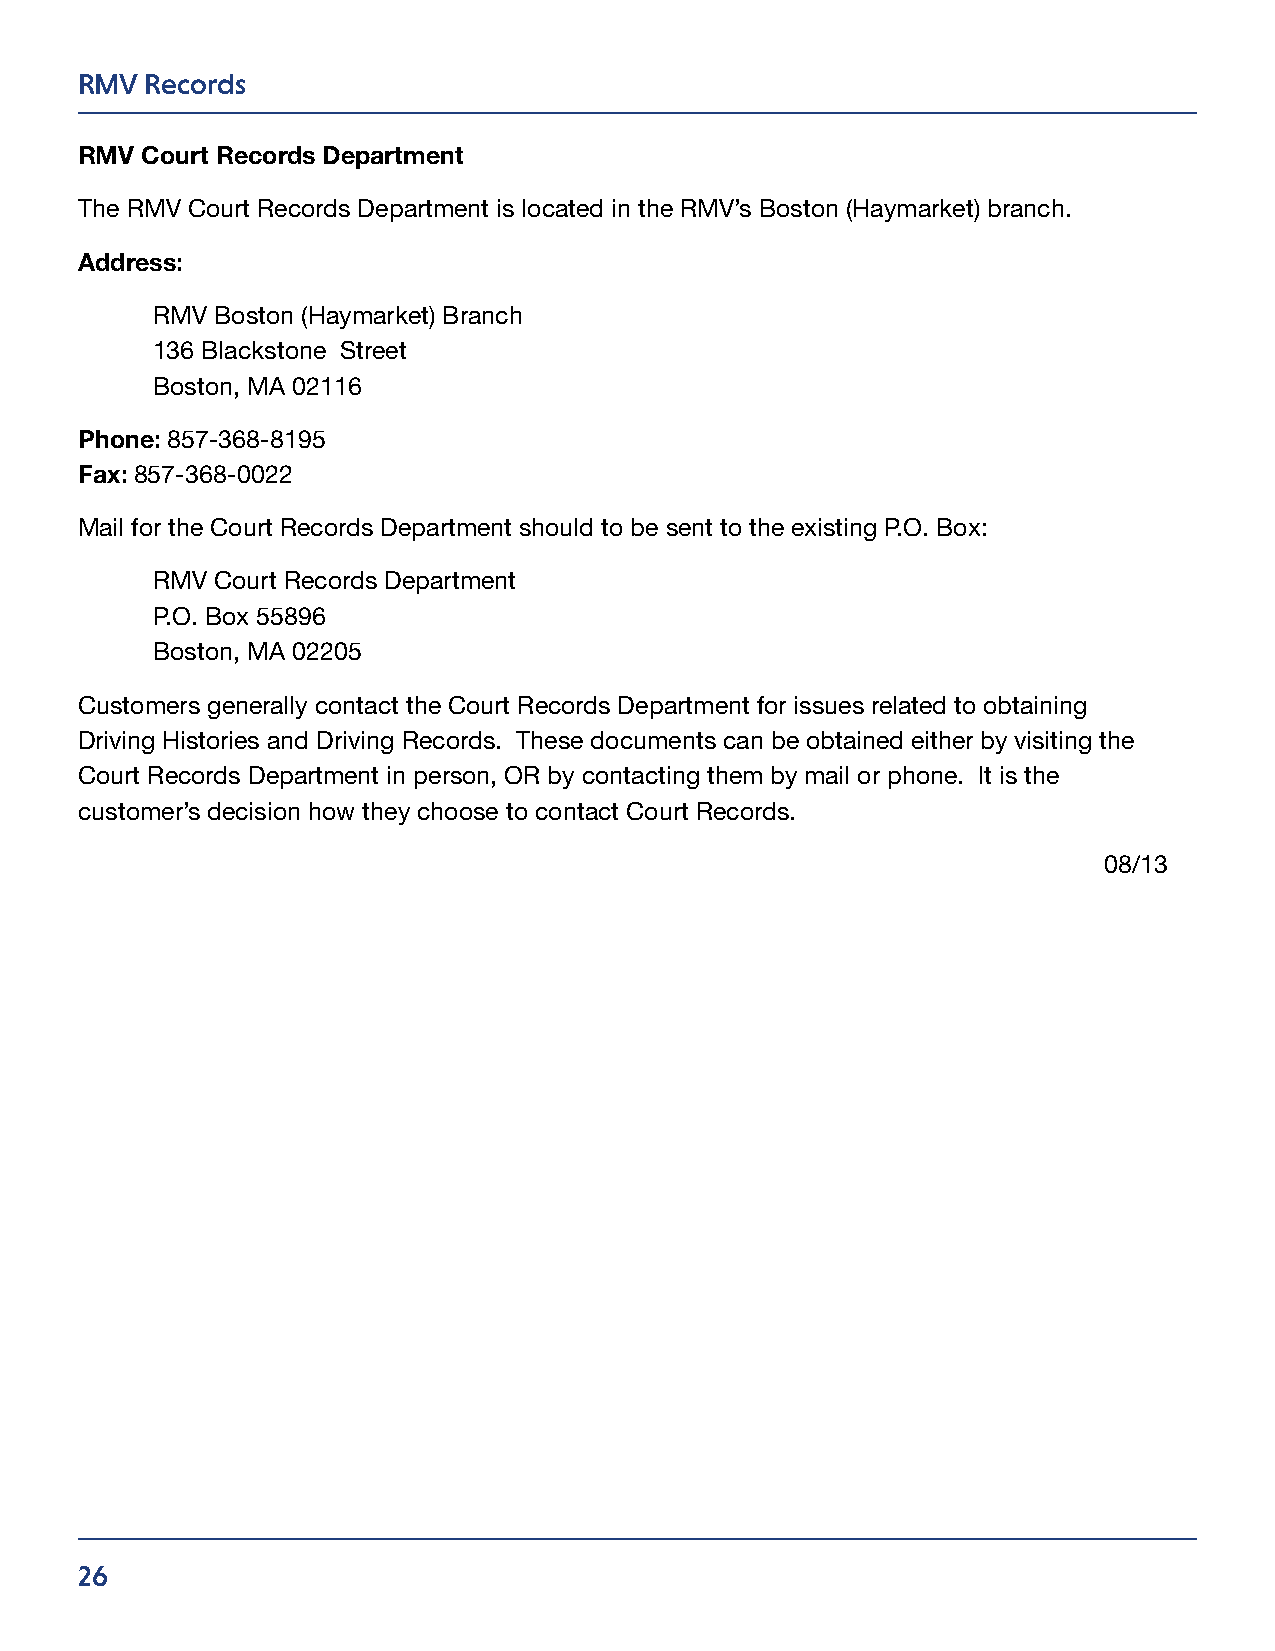
RMV  Records
 RMV Court Records Department
 The RMV Court Records Department is located in the RMV’s Boston (Haymarket) branch.
 Address:
 RMV Boston (Haymarket) Branch
 136 Blackstone Street
 Boston, MA 02116
 Phone: 857-368-8195
 Fax: 857-368-0022
 Mail for the Court Records Department should to be sent to the existing P.O. Box:
 RMV Court Records Department
 P.O. Box 55896
 Boston, MA 02205
 Customers generally contact the Court Records Department for issues related to obtaining
 Driving Histories and Driving Records. These documents can be obtained either by visiting the
 Court Records Department in person, OR by contacting them by mail or phone. It is the
 customer’s decision how they choose to contact Court Records.
 08/13
 26